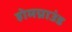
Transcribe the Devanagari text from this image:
होमग्राउंड